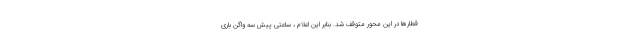
قطارها در این محور متوقف شد. بنابر این اعلام ، ساعتی پیش سه واگن باری